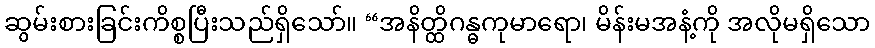
ဆွမ်းစားခြင်းကိစ္စပြီးသည်ရှိသော်။ “အနိတ္ထိဂန္ဓကုမာရော၊ မိန်းမအနံ့ကို အလိုမရှိသော